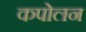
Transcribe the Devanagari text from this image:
कपोलन